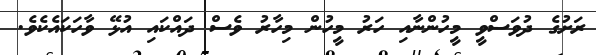
ރަށުގެ ދުވަސްވީ މީހުންނާއި ހަރު މީހުން މިހާރު ވެސް ދައްކައި އުޅޭ ވާހަކައެކެވެ.